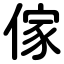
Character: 傢